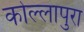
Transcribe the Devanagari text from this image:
कोल्लापुरा